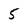
Character: 5